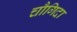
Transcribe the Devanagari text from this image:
चौगिदा